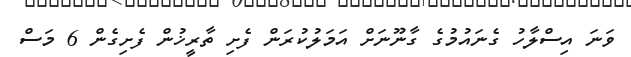
ވަނަ އިސްލާހު ގެނައުމުގެ ގާނޫނަށް އަމަލުކުރަން ފެށި ތާރީޚުން ފެށިގެން 6 މަސް